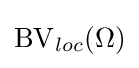
\operatorname {\operatorname {BV} } _{loc}(\Omega )